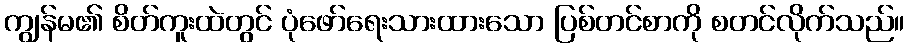
ကျွန်မ၏ စိတ်ကူးထဲတွင် ပုံဖော်ရေးသားထားသော ပြစ်တင်စာကို စတင်လိုက်သည်။